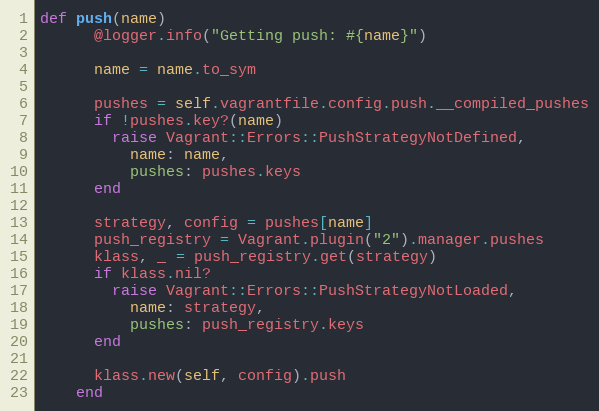
Language: Ruby
def push(name)
      @logger.info("Getting push: #{name}")

      name = name.to_sym

      pushes = self.vagrantfile.config.push.__compiled_pushes
      if !pushes.key?(name)
        raise Vagrant::Errors::PushStrategyNotDefined,
          name: name,
          pushes: pushes.keys
      end

      strategy, config = pushes[name]
      push_registry = Vagrant.plugin("2").manager.pushes
      klass, _ = push_registry.get(strategy)
      if klass.nil?
        raise Vagrant::Errors::PushStrategyNotLoaded,
          name: strategy,
          pushes: push_registry.keys
      end

      klass.new(self, config).push
    end